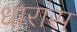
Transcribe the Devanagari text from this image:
धारांस